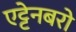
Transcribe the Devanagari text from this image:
एट्टेनबरो